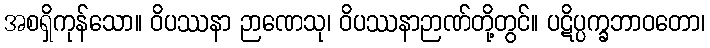
အစရှိကုန်သော။ ဝိပဿနာ ဉာဏေသု၊ ဝိပဿနာဉာဏ်တို့တွင်။ ပဋိပ္ပက္ခဘာဝတော၊